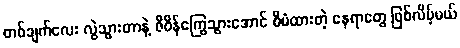
တစ်ချက်လေး လွဲသွားတာနဲ့ ဇီဝိန်ကြွေသွားအောင် စီမံထားတဲ့ နေရာတွေ ဖြစ်လိမ့်မယ်